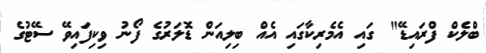
ބްލެކް ފްރައިޑޭ" ގައި އެމެރިކާގައި އެއް ބިލިއަން ޑޮލަރުގެ ފޯނު ވިކިފައިވޭ ސޭޓުގެ